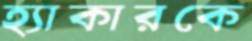
হ্যাকারকে